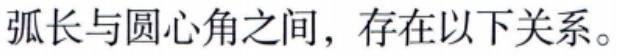
弧长与圆心角之间，存在以下关系。